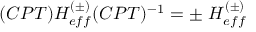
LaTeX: ( C P T ) H _ { e f f } ^ { ( \pm ) } ( C P T ) ^ { - 1 } = \pm \ H _ { e f f } ^ { ( \pm ) }